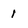
Character: 1